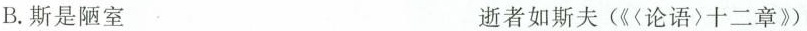
B.斯是陋室 逝者如斯夫(《〈论语〉十二章》)